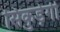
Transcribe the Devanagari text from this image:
सिकुड़ेगी